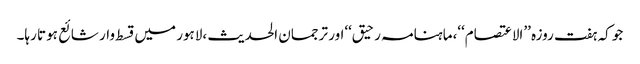
جو کہ ہفت روزہ ’’الاعتصام‘‘،ماہنامہ رحیق‘‘اور ترجمان الحدیث ،لاہور میں قسط وار شائع ہوتا رہا۔